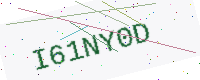
Text: I61NY0D